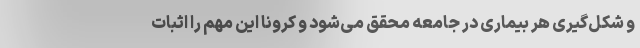
و شکل‌گیری هر بیماری در جامعه محقق می‌شود و کرونا این مهم را اثبات